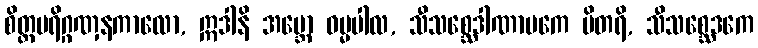
စိတ္တပရိဂ္ဂဏှနကာလော, ဣဒါနိ အမ္ဘော ဓမ္မပါလ, သီသစ္ဆေဒါဏာပကေ ပိတရိ, သီသစ္ဆေဒကေ